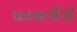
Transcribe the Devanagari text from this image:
फायलींची